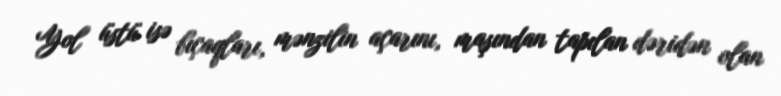
Yol üstü isə bıçaqları, mənzilin açarını, maşından tapılan dəridən olan